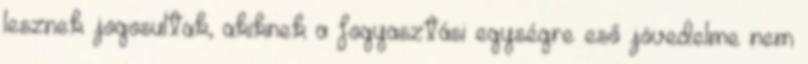
lesznek jogosultak, akiknek a fogyasztási egységre eső jövedelme nem